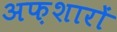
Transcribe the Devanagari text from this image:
अफ़शारों